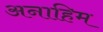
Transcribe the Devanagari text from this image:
अनाहिम